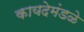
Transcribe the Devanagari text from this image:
कायदेमंडळे